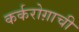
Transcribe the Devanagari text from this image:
कर्करोग़ाची